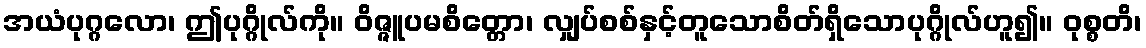
အယံပုဂ္ဂလော၊ ဤပုဂ္ဂိုလ်ကို။ ဝိဇ္ဇူပမစိတ္တော၊ လျှပ်စစ်နှင့်တူသောစိတ်ရှိသောပုဂ္ဂိုလ်ဟူ၍။ ဝုစ္စတိ၊